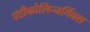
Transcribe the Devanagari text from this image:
एंटीकोलिन्जर्गिक्स